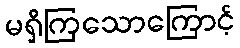
မရှိကြသောကြောင့်